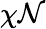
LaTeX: \chi\mathcal{N}